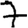
Digit: 7